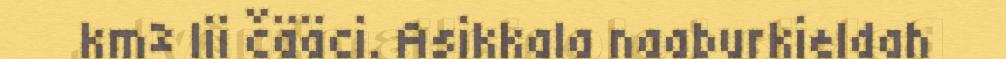
km² lii čääci. Asikkala naaburkieldah